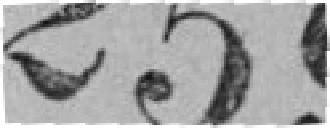
259